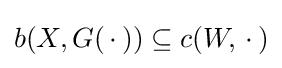
b(X,G(\,\cdot \,))\subseteq c(W,\,\cdot \,)